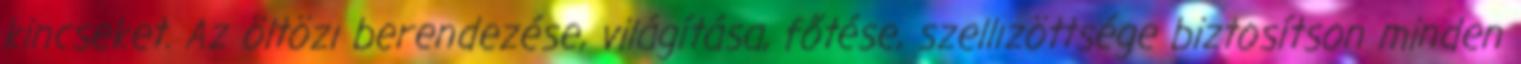
kincseket. Az öltözı berendezése, világítása, főtése, szellızöttsége biztosítson minden